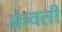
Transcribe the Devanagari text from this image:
फ़्रवर्ती